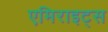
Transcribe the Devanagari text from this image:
एमिराइट्स